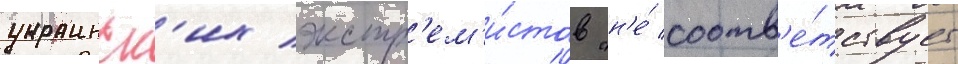
украинск'их экстр'ем'и́стов "н'е́ соотв'е́тствует